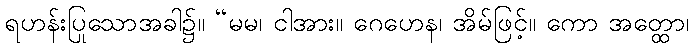
ရဟန်းပြုသောအခါ၌။ “မမ၊ ငါအား။ ဂေဟေန၊ အိမ်ဖြင့်။ ကော အတ္ထော၊